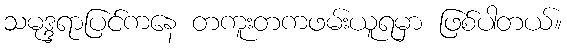
သမုဒ္ဒရာပြင်ကနေ တကူးတကဖမ်းယူရမှာ ဖြစ်ပါတယ်။